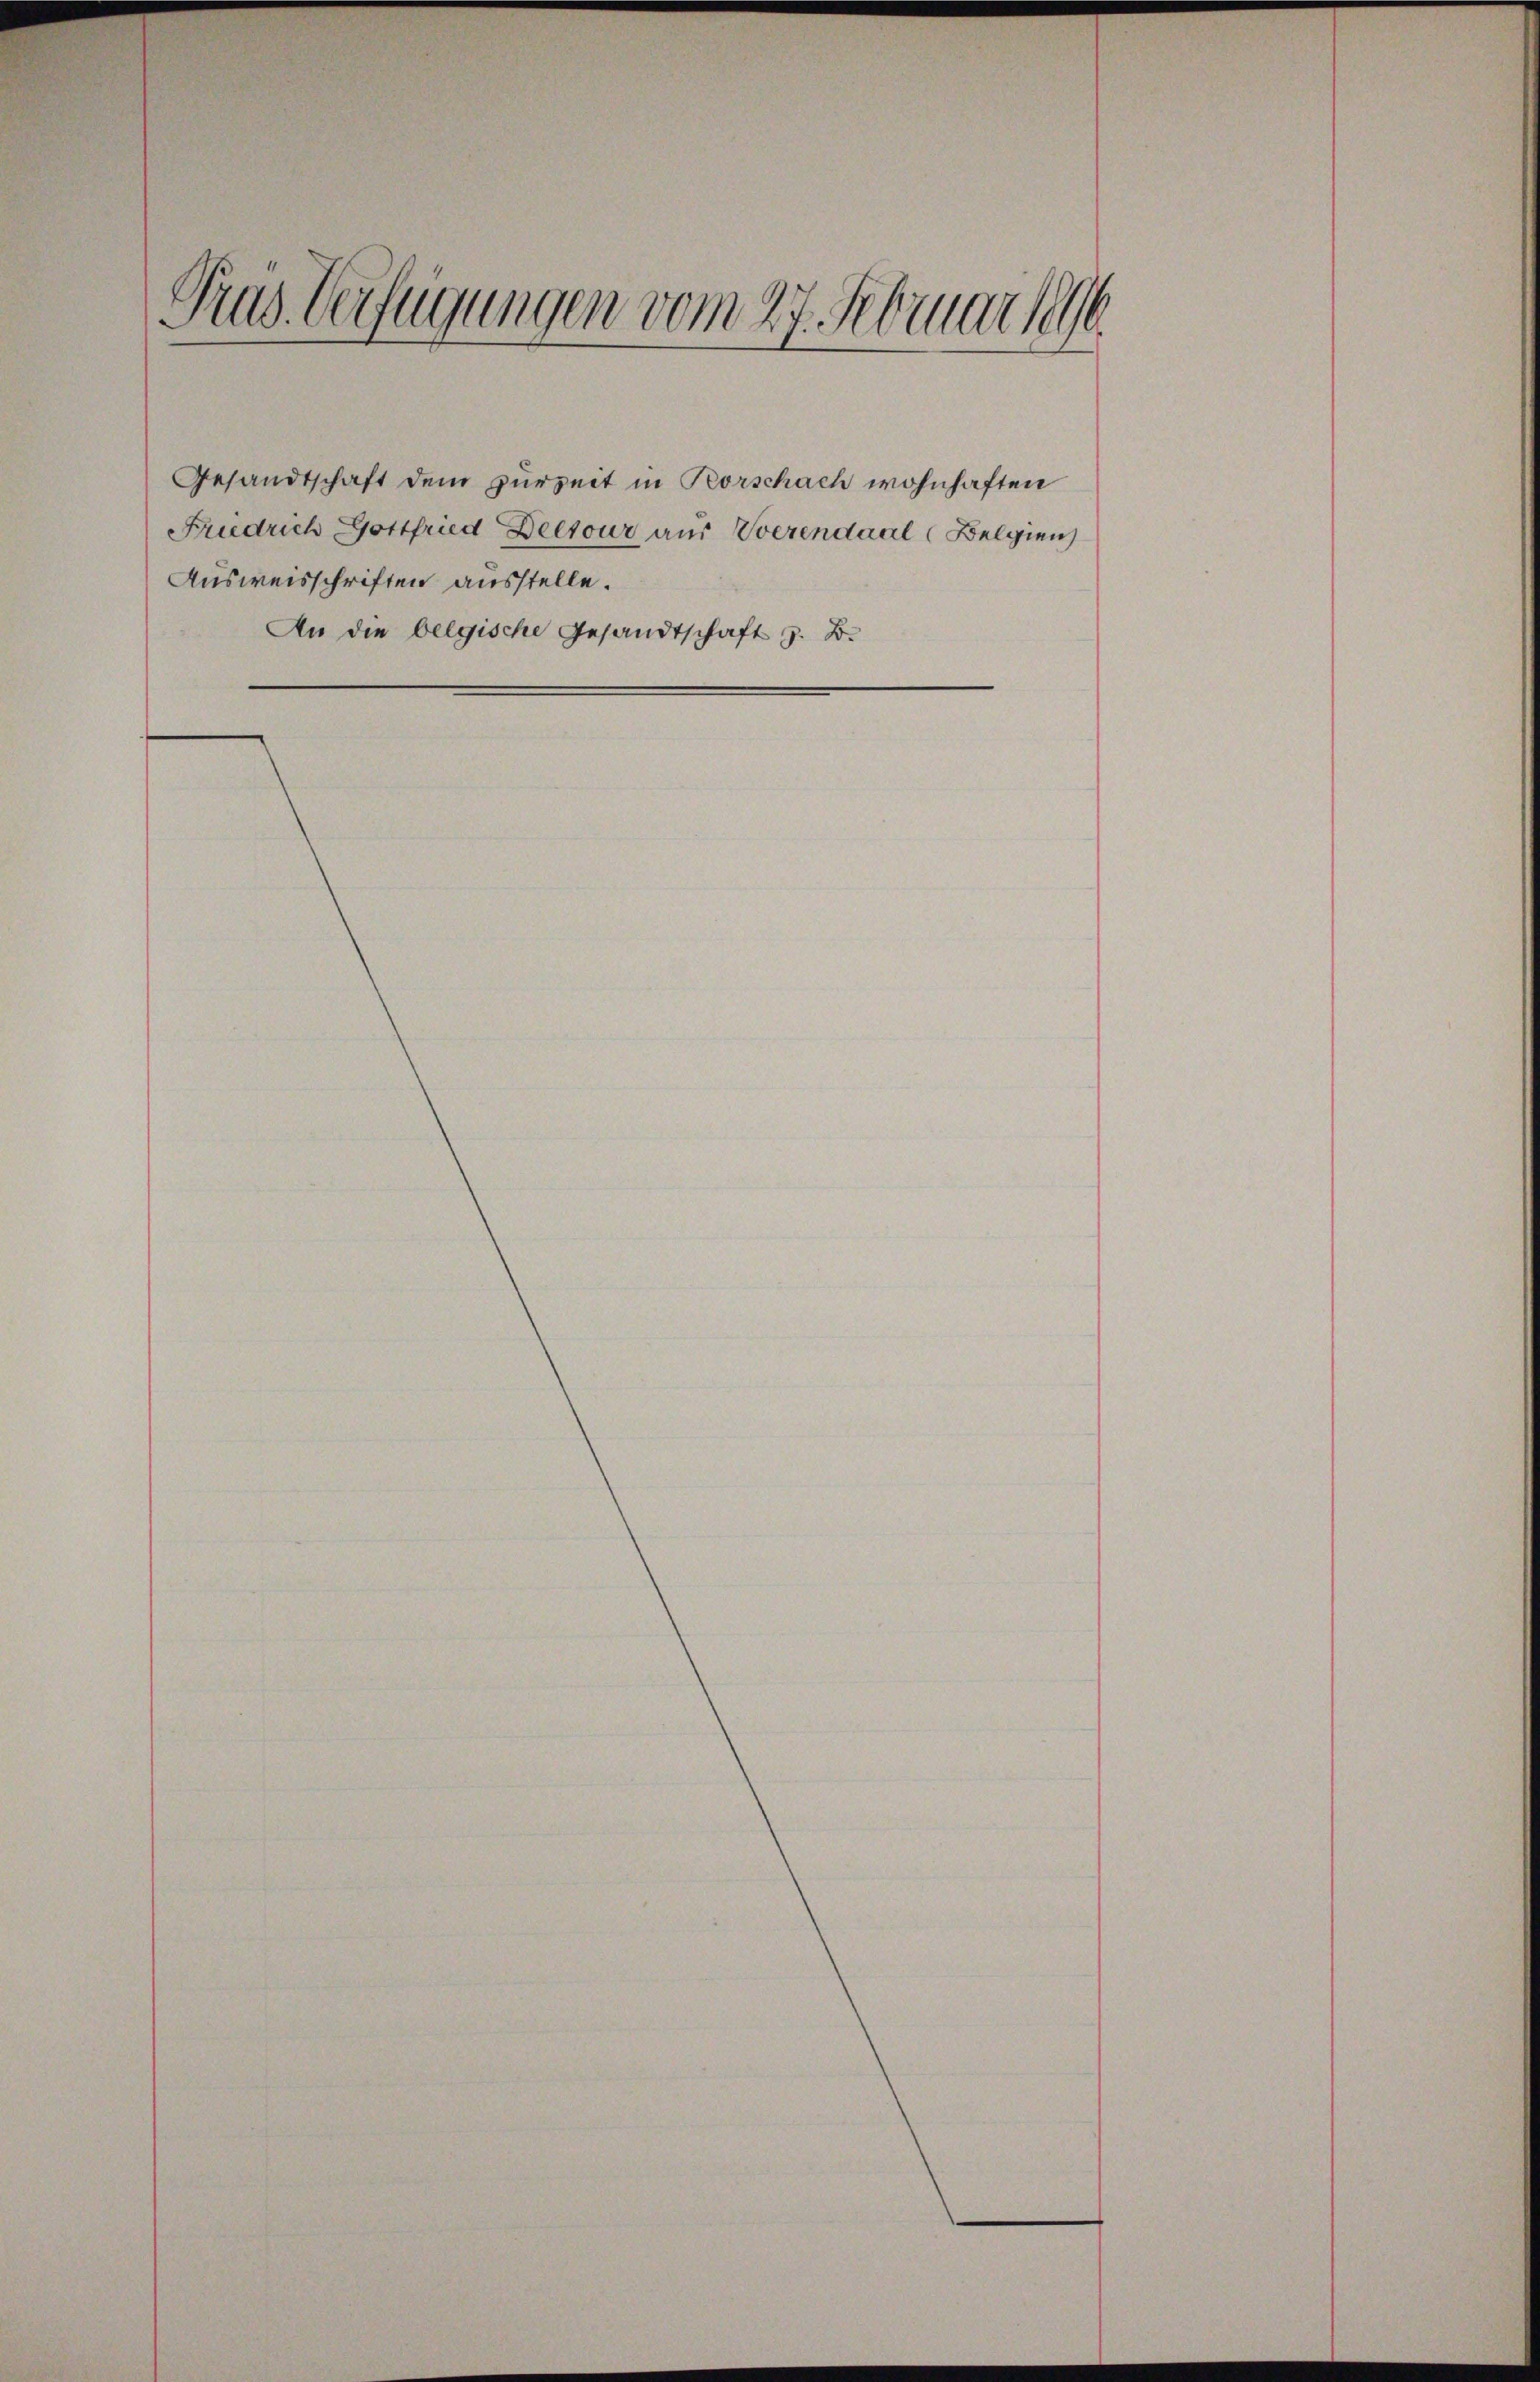
Tras Verfügungen vom 27. Februar 1896.

Gesandtschaft dem zurzeit in Rorschach wohnhaften
Friedrich Gottfried Deetour aus Verendaal (Belgien
Ausweisschriften ausstelle.
An die belgische Gesandtschaft z. B.